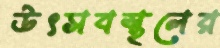
উৎসবস্থলের